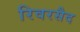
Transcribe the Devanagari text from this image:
रिवरसैद